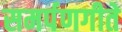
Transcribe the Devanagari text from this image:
समर्पणगीते